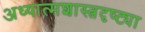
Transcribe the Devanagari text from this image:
अध्यात्मशास्त्रदृष्ट्या